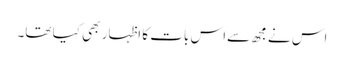
اس نے مجھ سےاس بات کا اظہار بھی کیا تھا۔